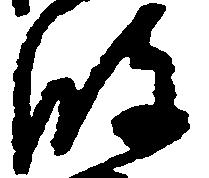
波